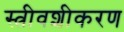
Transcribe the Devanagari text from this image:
स्त्रीवशीकरण